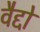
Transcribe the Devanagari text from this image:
वैद्दों